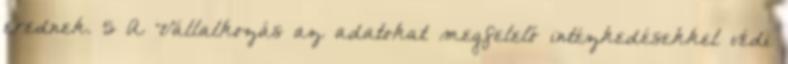
erednek. 5 A Vállalkozás az adatokat megfelelő intézkedésekkel védi